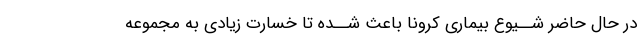
در حال حاضر شــیوع بیمارى کرونا باعث شــده تا خسارت زیادى به مجموعه